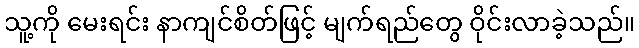
သူ့ကို မေးရင်း နာကျင်စိတ်ဖြင့် မျက်ရည်တွေ ဝိုင်းလာခဲ့သည်။